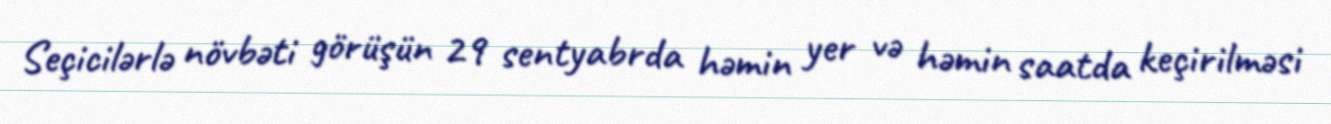
Seçicilərlə növbəti görüşün 29 sentyabrda həmin yer və həmin saatda keçirilməsi